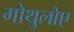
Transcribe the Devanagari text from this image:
मोथुलोए